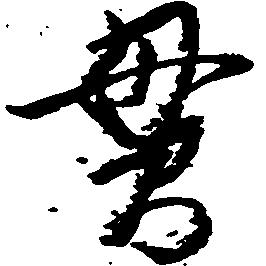
貫